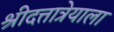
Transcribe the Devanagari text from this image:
श्रीदत्तात्रेयाला